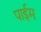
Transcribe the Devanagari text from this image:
पाईम